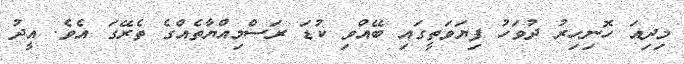
މިދިއަ ހޮނިހިރު ދުވަހު ފިޔަވަތީގައި ބޭއްވި ކުޑަ ރަސްމިއްޔާތެއްގެ ތެރޭގަ އެވެ. އީދު